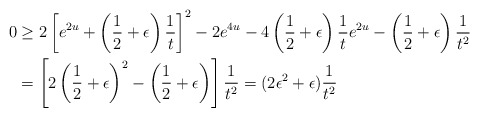
\begin{align*}0 & \geq 2 \left[e^{2u}+\left(\frac{1}{2}+\epsilon\right)\frac{1}{t}\right]^2-2e^{4u}-4\left(\frac{1}{2}+\epsilon\right)\frac{1}{t}e^{2u}-\left(\frac{1}{2}+\epsilon\right)\frac{1}{t^2}\\ & = \left[2\left(\frac{1}{2}+\epsilon\right)^2-\left(\frac{1}{2}+\epsilon\right)\right]\frac{1}{t^2}=(2\epsilon^2+\epsilon)\frac{1}{t^2}\end{align*}